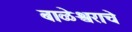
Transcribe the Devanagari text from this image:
बाळेश्वराचे